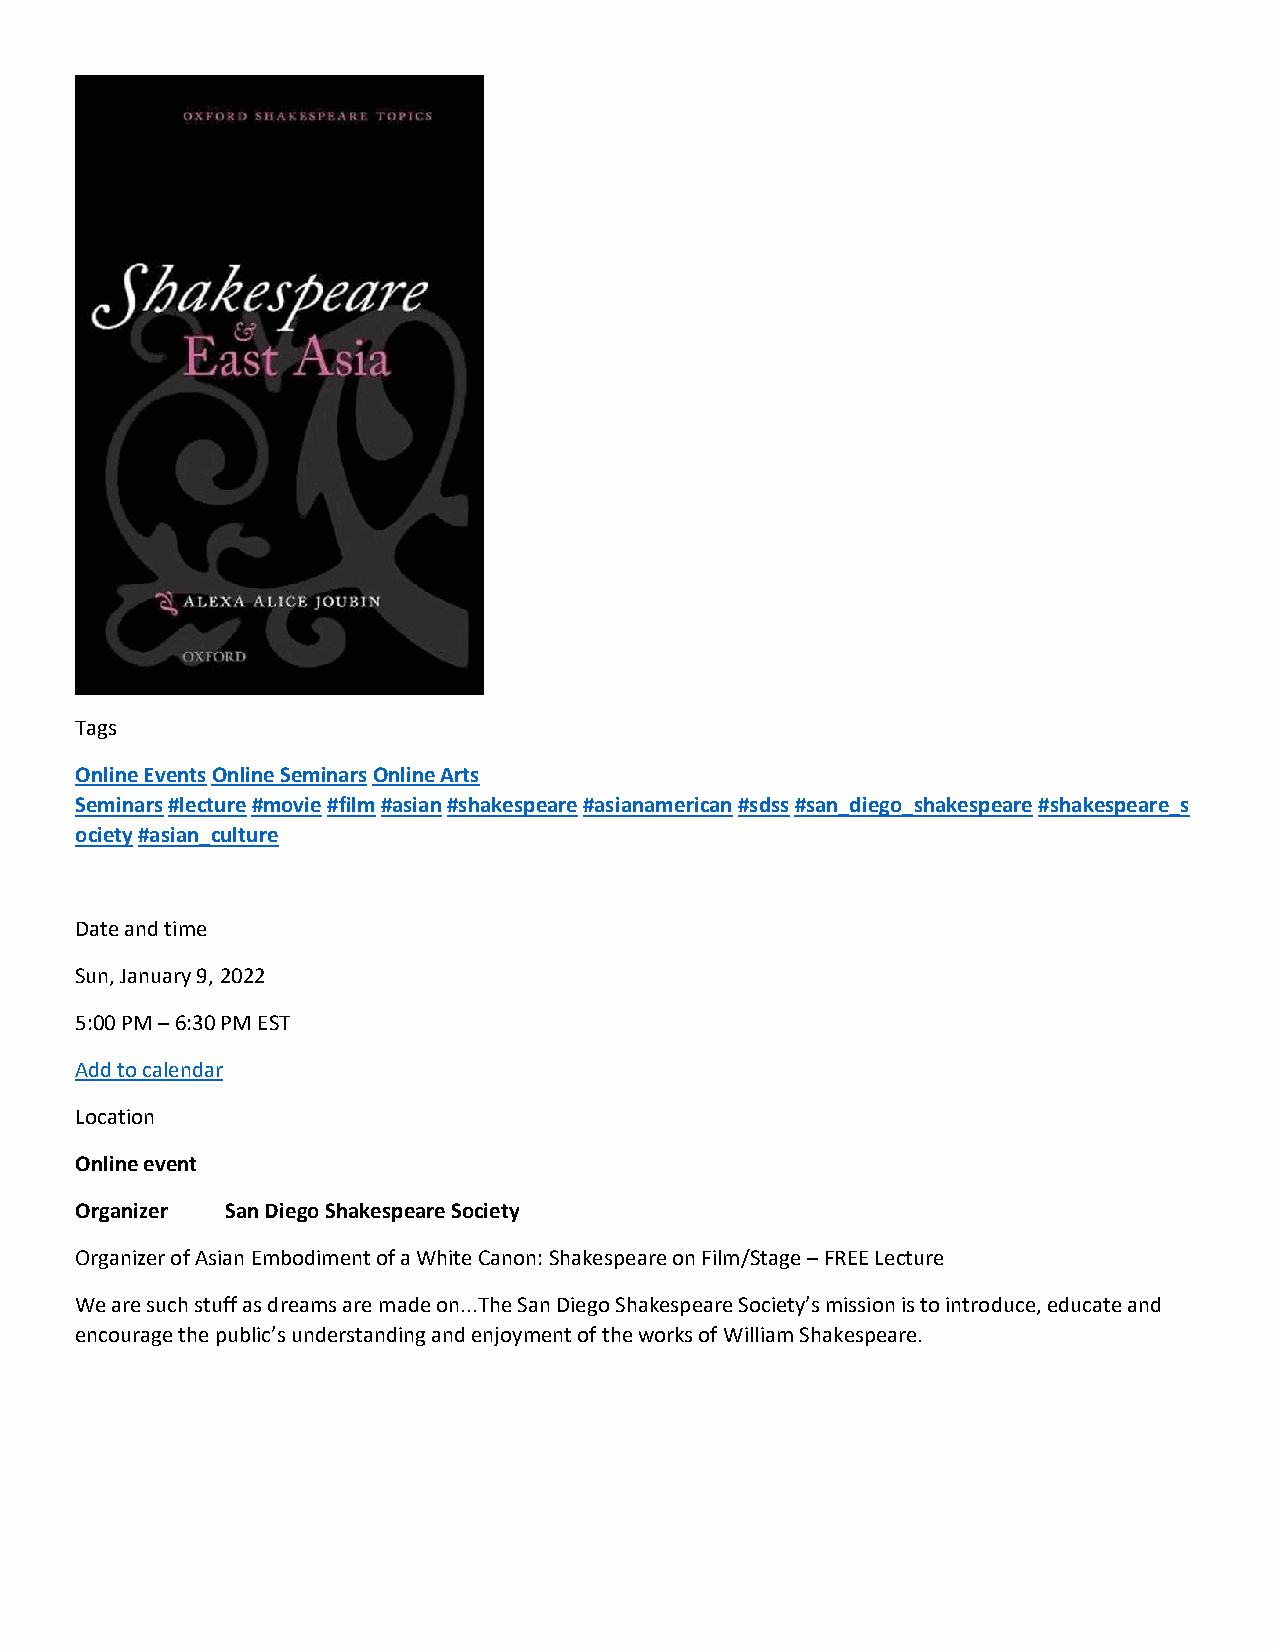
Tags
 Online Events Online Seminars Online Arts
 Seminars #lecture #movie #film #asian #shakespeare #asianamerican #sdss #san_diego_shakespeare #shakespeare_s
 ociety #asian_culture
 Date and time
 Sun, January 9, 2022
 5:00 PM – 6:30 PM EST
 Add to calendar
 Location
 Online event
 Organizer San Diego Shakespeare Society
 Organizer of Asian Embodiment of a White Canon: Shakespeare on Film/Stage – FREE Lecture
 We are such stuff as dreams are made on...The San Diego Shakespeare Society’s mission is to introduce, educate and
 encourage the public’s understanding and enjoyment of the works of William Shakespeare.